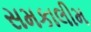
સમકાલીમ